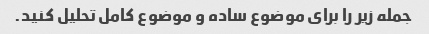
جمله زیر را برای موضوع ساده و موضوع کامل تحلیل کنید.